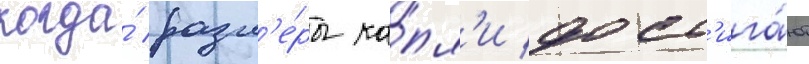
когда́ разм'е́ры ка́пл'и дост'ига́ют